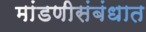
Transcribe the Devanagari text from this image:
मांडणीसंबंधात